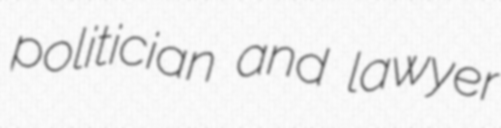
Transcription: politician and lawyer